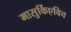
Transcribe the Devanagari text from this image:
मासुर्किएविच